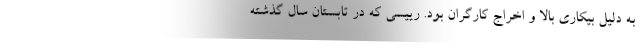
به دلیل بیکاری بالا و اخراج کارگران بود. رییسی که در تابستان سال گذشته